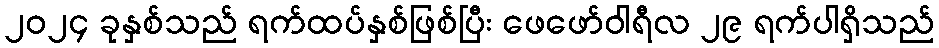
၂၀၂၄ ခုနှစ်သည် ရက်ထပ်နှစ်ဖြစ်ပြီး ဖေဖော်ဝါရီလ ၂၉ ရက်ပါရှိသည်